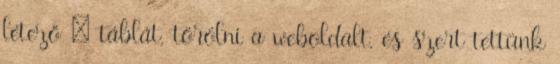
létező – táblát, törölni a weboldalt, és szert tettünk